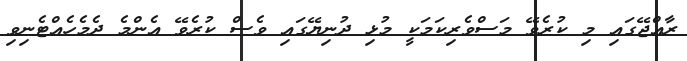
ރާއްޖޭގައި މި ކުރެވޭ މަސްވެރިކަމަކީ މުޅި ދުނިޔޭގައި ވެސް ކުރެވޭ އެންމެ ދެމެހެއްޓެނިވި